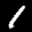
Label: 1